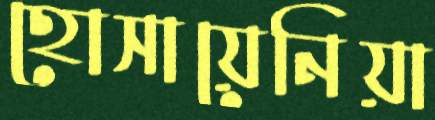
হোসায়েনিয়া